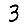
Digit: 3